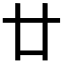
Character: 廿